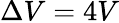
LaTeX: \Delta V=4V